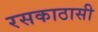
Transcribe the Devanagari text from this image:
रसकाठासी